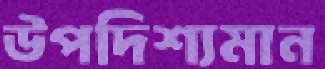
উপদিশ্যমান